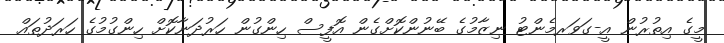
މީގެ އިތުރުން އީ-ގަވަރމެންޓު ނިޒާމުގެ ބޭނުންކޮށްގެން އޮފީސް ހިންގުން ހަރުދަނާކޮށް ހިންގުމުގެ ހަރަދުތައް